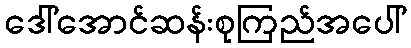
ဒေါ်အောင်ဆန်းစုကြည်အပေါ်